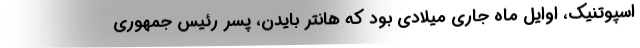
اسپوتنیک، اوایل ماه جاری میلادی بود که هانتر بایدن، پسر رئیس جمهوری